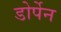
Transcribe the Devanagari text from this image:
डोर्पेन